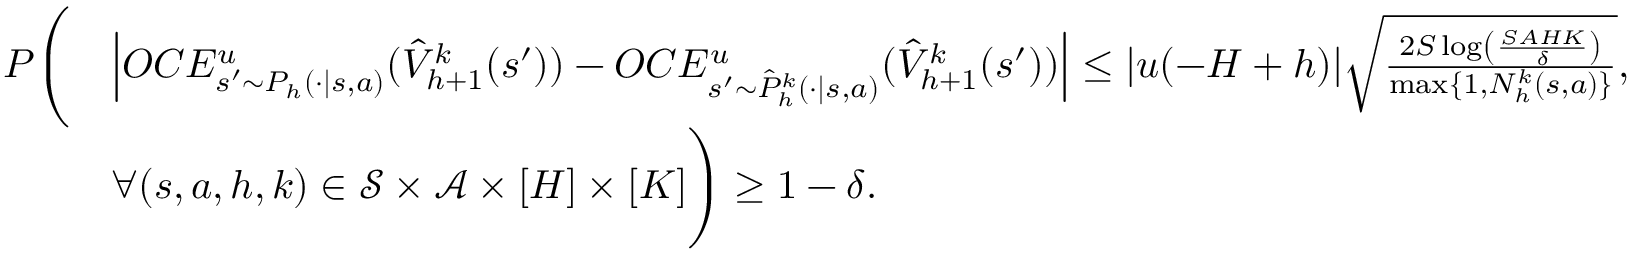
\begin{array} { r l } { P \Bigg ( } & { \left\vert O C E _ { s ^ { \prime } \sim P _ { h } ( \cdot \vert s , a ) } ^ { u } ( \hat { V } _ { h + 1 } ^ { k } ( s ^ { \prime } ) ) - O C E _ { s ^ { \prime } \sim \hat { P } _ { h } ^ { k } ( \cdot \vert s , a ) } ^ { u } ( \hat { V } _ { h + 1 } ^ { k } ( s ^ { \prime } ) ) \right\vert \leq \vert u ( - H + h ) \vert \sqrt { \frac { 2 S \log \left( \frac { S A H K } { \delta } \right) } { \operatorname* { m a x } \{ 1 , N _ { h } ^ { k } ( s , a ) \} } } , } \\ & { \forall ( s , a , h , k ) \in \mathcal { S } \times \mathcal { A } \times [ H ] \times [ K ] \Bigg ) \geq 1 - \delta . } \end{array}